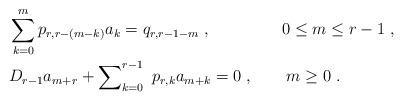
LaTeX: \begin{align*} & \sum_{k=0}^{m} p_{r, r- (m- k)} a_{k} = q_{r, r- 1 - m} \ , \ \ \ \ \ \ \ \ \ \ \ \ \ 0 \leq m \leq r-1 \ , \\ & D_{r-1} a_{m+r} + \sum\nolimits_{k=0}^{r-1} \ p_{r, k} a_{m+k} = 0 \ , \ \ \ \ \ \ m \geq 0 \ .\end{align*}